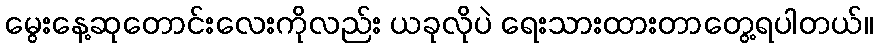
မွေးနေ့ဆုတောင်းလေးကိုလည်း ယခုလိုပဲ ရေးသားထားတာတွေ့ရပါတယ်။